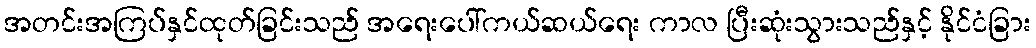
အတင်းအကြပ်နှင်ထုတ်ခြင်းသည် အရေးပေါ်ကယ်ဆယ်ရေး ကာလ ပြီးဆုံးသွားသည်နှင့် နိုင်ငံခြား